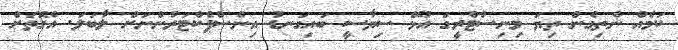
ކަމެއް ނެތިގެން ތިޔަ މިނިސްޓްރީގަ އުޅޭ ސިޔާސީ ބައިގަނޑު އިންސްޕެކްޓަރުންނަށް ލާބަލަ. އެގޮތަށް